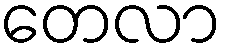
တေလာ